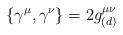
LaTeX: \begin{align*}\{ \gamma^{\mu},\gamma^{\nu} \}=2 g^{\mu\nu}_{(d)}\end{align*}